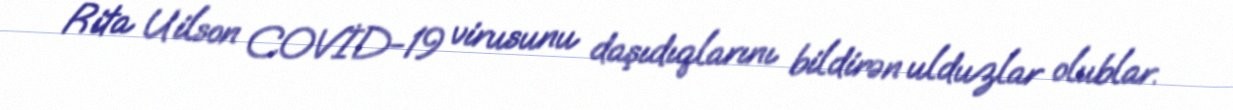
Rita Uilson COVİD-19 virusunu daşıdıqlarını bildirən ulduzlar olublar.